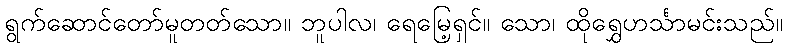
ရွက်ဆောင်တော်မူတတ်သော။ ဘူပါလ၊ ရေမြေ့ရှင်။ သော၊ ထိုရွှေဟင်္သာမင်းသည်။